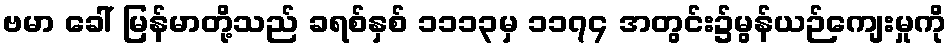
ဗမာ ခေါ် မြန်မာတို့သည် ခရစ်နှစ် ၁၁၁၃မှ ၁၁၇၄ အတွင်း၌မွန်ယဉ်ကျေးမှုကို